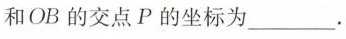
和OB的交点P的坐标为___。